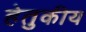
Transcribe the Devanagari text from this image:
हेतुकीय